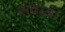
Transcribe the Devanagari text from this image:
संवादा